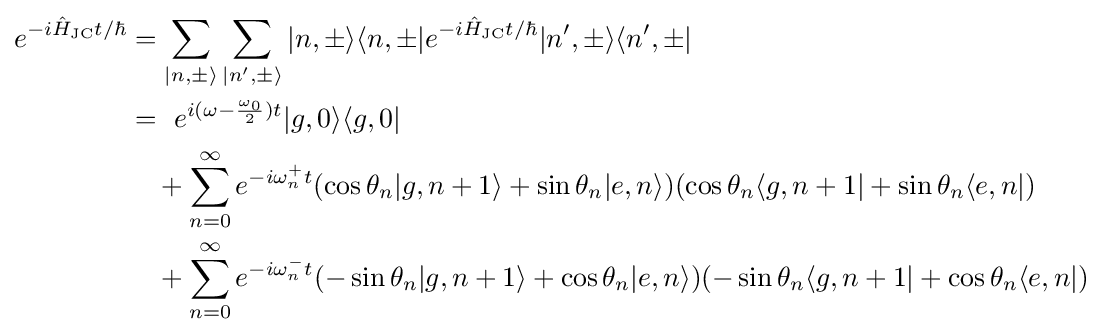
{\begin{aligned}e^{-i{\hat {H}}_{\text{JC}}t/\hbar }&=\sum _{|n,\pm \rangle }\sum _{|n',\pm \rangle }|n,\pm \rangle \langle n,\pm |e^{-i{\hat {H}}_{\text{JC}}t/\hbar }|n',\pm \rangle \langle n',\pm |\\&=~e^{i(\omega -{\frac {\omega _{0}}{2}})t}|g,0\rangle \langle g,0|\\&~~~+\sum _{n=0}^{\infty }{e^{-i\omega _{n}^{+}t}(\cos {\theta _{n}}|g,n+1\rangle +\sin {\theta _{n}}|e,n\rangle )(\cos {\theta _{n}}\langle g,n+1|+\sin {\theta _{n}}\langle e,n|)}\\&~~~+\sum _{n=0}^{\infty }{e^{-i\omega _{n}^{-}t}(-\sin {\theta _{n}}|g,n+1\rangle +\cos {\theta _{n}}|e,n\rangle )(-\sin {\theta _{n}}\langle g,n+1|+\cos {\theta _{n}}\langle e,n|)}\\\end{aligned}}